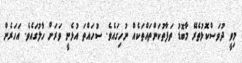
މިވީ ދުވަސްކޮޅުތެރޭ މާބޮޑު ތަފާތުކަންތައްތަކެއް ނުހިގައެވެ. ސުހައްތަ އުޅެނީ ވަރަށް ހާލުގައެވެ. އަހަރެން